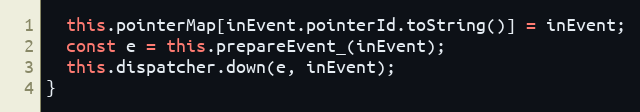
Language: JavaScript
  this.pointerMap[inEvent.pointerId.toString()] = inEvent;
  const e = this.prepareEvent_(inEvent);
  this.dispatcher.down(e, inEvent);
}